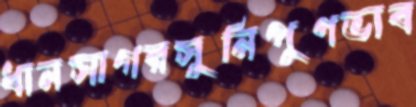
ধানসাগরসুনিপুণভাব